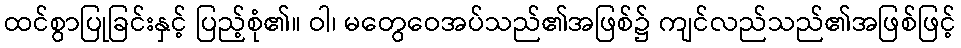
ထင်စွာပြုခြင်းနှင့် ပြည့်စုံ၏။ ဝါ၊ မတွေဝေအပ်သည်၏အဖြစ်၌ ကျင်လည်သည်၏အဖြစ်ဖြင့်